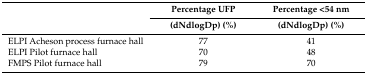
| <ROWSPAN=2>  | Percentage UFP | Percentage <54 nm |
 | (dNdlogDp) (%) | (dNdlogDp) (%) |
 | --- | --- | --- |
 | ELPI Acheson process furnace hall | 77 | 41 |
 | ELPI Pilot furnace hall | 70 | 48 |
 | FMPS Pilot furnace hall | 79 | 70 |